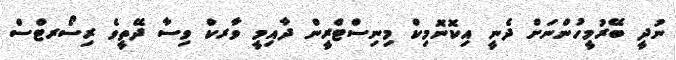
ނުދީ ބޭރުމީހުންނަށް ދެނީ އިކޮނޮމިކް މިނިސްޓްރީން ދާއިމީ ވާރކް ވިސާ ދޭތީވެ ރިސޯރޓްސް